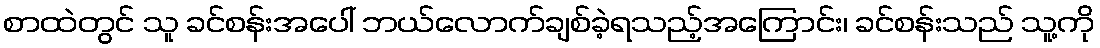
စာထဲတွင် သူ ခင်စန်းအပေါ် ဘယ်လောက်ချစ်ခဲ့ရသည့်အကြောင်း၊ ခင်စန်းသည် သူ့ကို